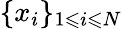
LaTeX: \{ x_{i}\} _{1\leqslant i\leqslant N}